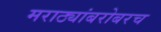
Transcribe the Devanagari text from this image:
मराठ्यांबरोबरच